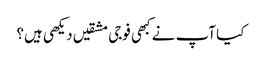
کیا آپ نے کبھی فوجی مشقیں دیکھی ہیں؟